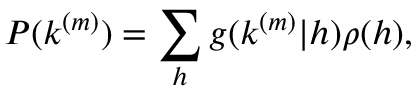
P ( k ^ { ( m ) } ) = \sum _ { h } g ( k ^ { ( m ) } | h ) \rho ( h ) ,